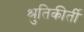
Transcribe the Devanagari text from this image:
श्रुतिकीर्ती